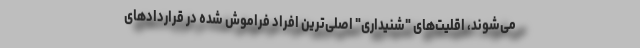
می‌شوند، اقلیت‌های "شنیداری" اصلی‌ترین افراد فراموش شده در قراردادهای